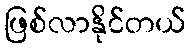
ဖြစ်လာနိုင်တယ်